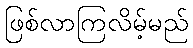
ဖြစ်လာကြလိမ့်မည်